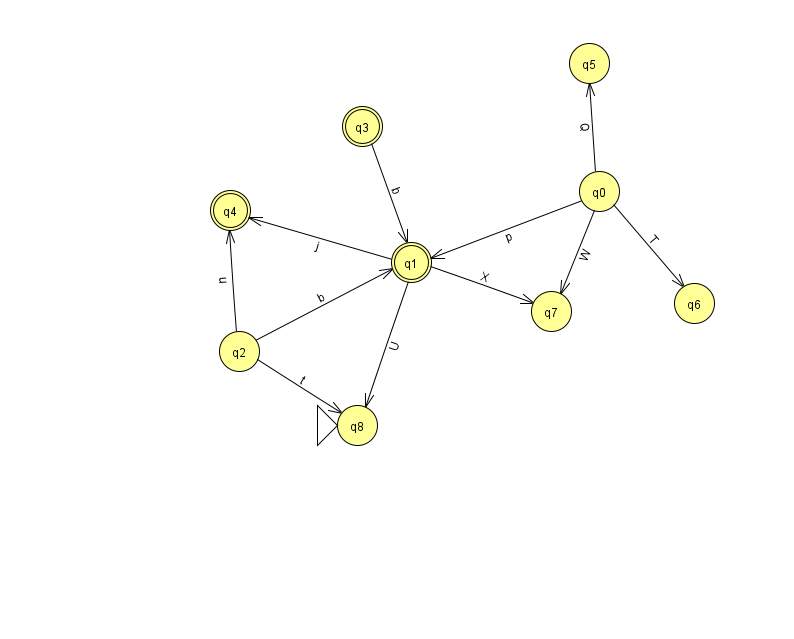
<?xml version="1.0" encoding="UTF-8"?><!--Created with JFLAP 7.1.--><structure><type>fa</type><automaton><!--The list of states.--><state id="0" name="q0"><x>599.0</x><y>178.0</y></state><state id="1" name="q1"><x>411.0</x><y>249.0</y><final/></state><state id="2" name="q2"><x>239.0</x><y>338.0</y></state><state id="3" name="q3"><x>362.0</x><y>113.0</y><final/></state><state id="4" name="q4"><x>230.0</x><y>197.0</y><final/></state><state id="5" name="q5"><x>589.0</x><y>50.0</y></state><state id="6" name="q6"><x>694.0</x><y>290.0</y></state><state id="7" name="q7"><x>551.0</x><y>298.0</y></state><state id="8" name="q8"><x>357.0</x><y>412.0</y><initial/></state><!--The list of transitions.--><transition><from>1</from><to>8</to><read>U</read></transition><transition><from>0</from><to>5</to><read>Q</read></transition><transition><from>1</from><to>4</to><read>j</read></transition><transition><from>2</from><to>4</to><read>u</read></transition><transition><from>1</from><to>7</to><read>X</read></transition><transition><from>0</from><to>6</to><read>T</read></transition><transition><from>2</from><to>8</to><read>t</read></transition><transition><from>0</from><to>1</to><read>p</read></transition><transition><from>2</from><to>1</to><read>b</read></transition><transition><from>0</from><to>7</to><read>W</read></transition><transition><from>3</from><to>1</to><read>b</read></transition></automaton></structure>